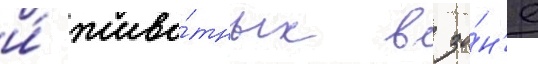
и́ живо́тных в зо́н'е